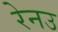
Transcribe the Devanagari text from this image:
रेनउ